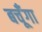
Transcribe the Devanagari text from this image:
बचूँगा